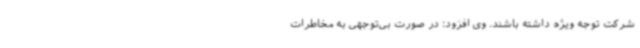
شرکت توجه ویژه داشته باشند. وی افزود: در صورت بی‌توجهی به مخاطرات